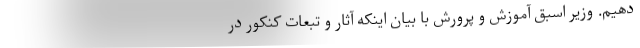
دهیم. وزیر اسبق آموزش و پرورش با بیان اینکه آثار و تبعات کنکور در